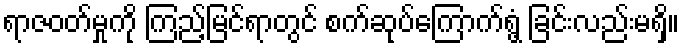
ရာဇဝတ်မှုကို ကြည့်မြင်ရာတွင် စက်ဆုပ်ကြောက်ရွံ့ ခြင်းလည်းမရှိ။